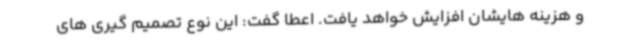
و هزینه هایشان افزایش خواهد یافت. اعطا گفت: این نوع تصمیم گیری های